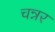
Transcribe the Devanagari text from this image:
चन्नर